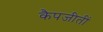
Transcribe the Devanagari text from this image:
कैपजीतीं